Report of an investigation into the causes of the diseases known in Assam as Kála-Azár and Beri-Beri
Disease focus: Beri-Beri
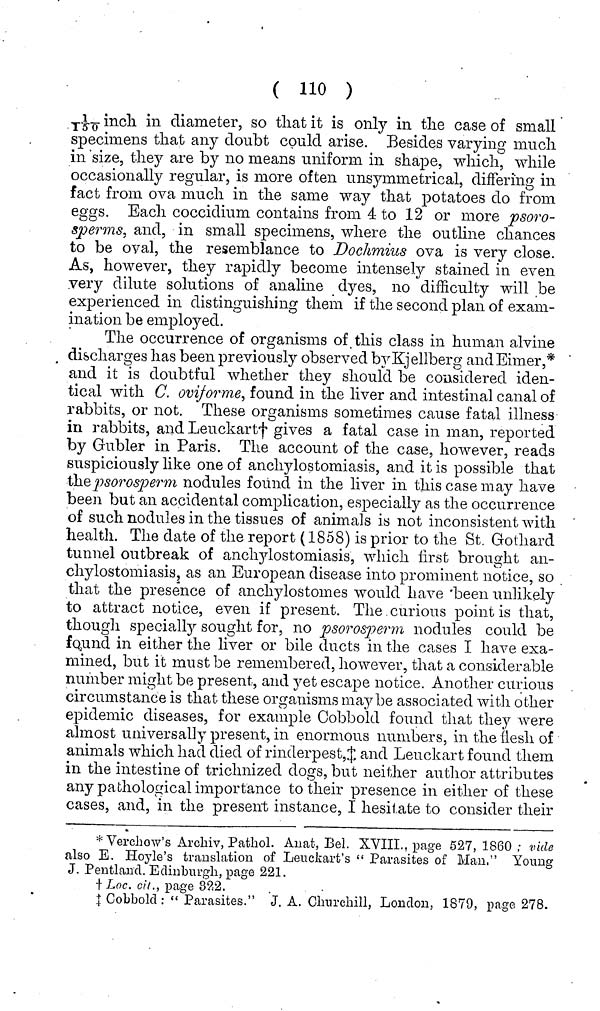
( no )
YJL-^ incli in diameter, so that it is only in the case of small
specimens that any doubt could arise. Besides varying much
in size, they are by no means uniform in shape, which, while
occasionally regular, is more often unsymmetrical, differing in
fact from ova much in the same way that potatoes do from
eggs. Each coccidium contains from 4 to 12 or more psoro-
sperms, and, in small specimens, where the outline chances
to be oval, the resemblance to Dochmius ova is very close.
As, however, they rapidly become intensely stained in even
very dilute solutions of analine dyes, no difficulty will be
experienced in distinguishing them if the second plan of exam-
ination be employed.
The occurrence of organisms of this class in human alvine
discharges has been, previously observed byKjellberg andEimer,*
and it is doubtful whether they should be considered iden-
tical with C. oviforme, found in the liver and intestinal canal of
rabbits, or not. These organisms sometimes cause fatal illness
in rabbits, and Leuckart'j 1 gives a fatal case in man, reported
by Gubler in Paris. The account of the case, however, reads
suspiciously like one of anchylostomiasis, and it is possible that
ihepsorosperm nodules found in the liver in this case may have
been but an accidental complication, especially as the occurrence
of such nodules in the tissues of animals is not inconsistent with
health. The date of the report (1858) is prior to the St. Gothard
tunnel outbreak of anchylostomiasis, which first brought an-
chylostomiasis, as an European disease into prominent notice, so
that the presence of anchylostomes would have been unlikely
to attract notice, even if present. The curious point is that,
though specially sought for, no psorosperm nodules could be
fqund in either the liver or bile ducts in the cases I have exa-
mined, but it must be remembered, however, that a considerable
number might be present, and yet escape notice. Another curious
circumstance is that these organisms maybe associated with other
epidemic diseases, for example Oobbold found that they were
almost universally present, in enormous numbers, in the flesh of
animals which had died of rinderpest, J and Leuckart found them
in the intestine of triclmized dogs, but neither author attributes
any pathological importance to their presence in either of these
cases, and, in the present instance, I hesitate to consider their
*Verchow's Archiv, Pathol. Auat, Bel. XVIII.. page 527, 1860 ; vide
also E. Hoyle's translation of Leuckart's " Parasites of Man." Young
J. Pentland. Edinburgh, page 221.
t Loc. cit., page 322.
I Cobbold: " Parasites." J. A. Churchill, London, 1879, page 278.